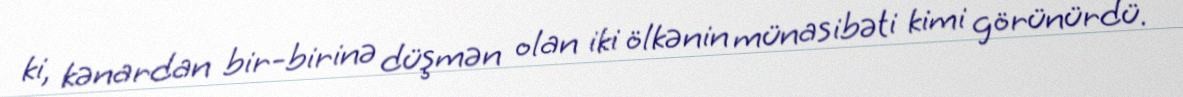
ki, kənardan bir-birinə düşmən olan iki ölkənin münasibəti kimi görünürdü.